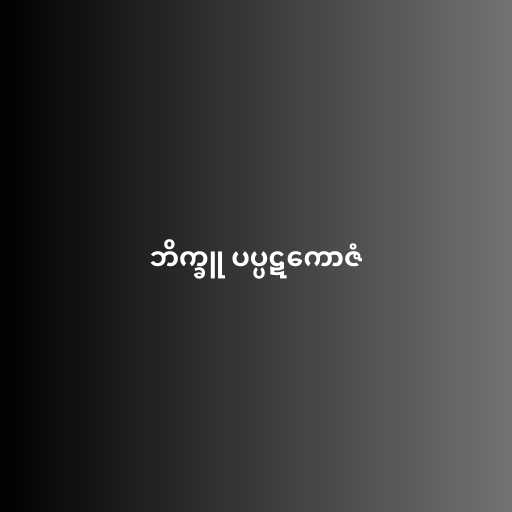
ဘိက္ခူ ပပ္ပဋကောဇံ